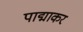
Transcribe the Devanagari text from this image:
पाद्माकर